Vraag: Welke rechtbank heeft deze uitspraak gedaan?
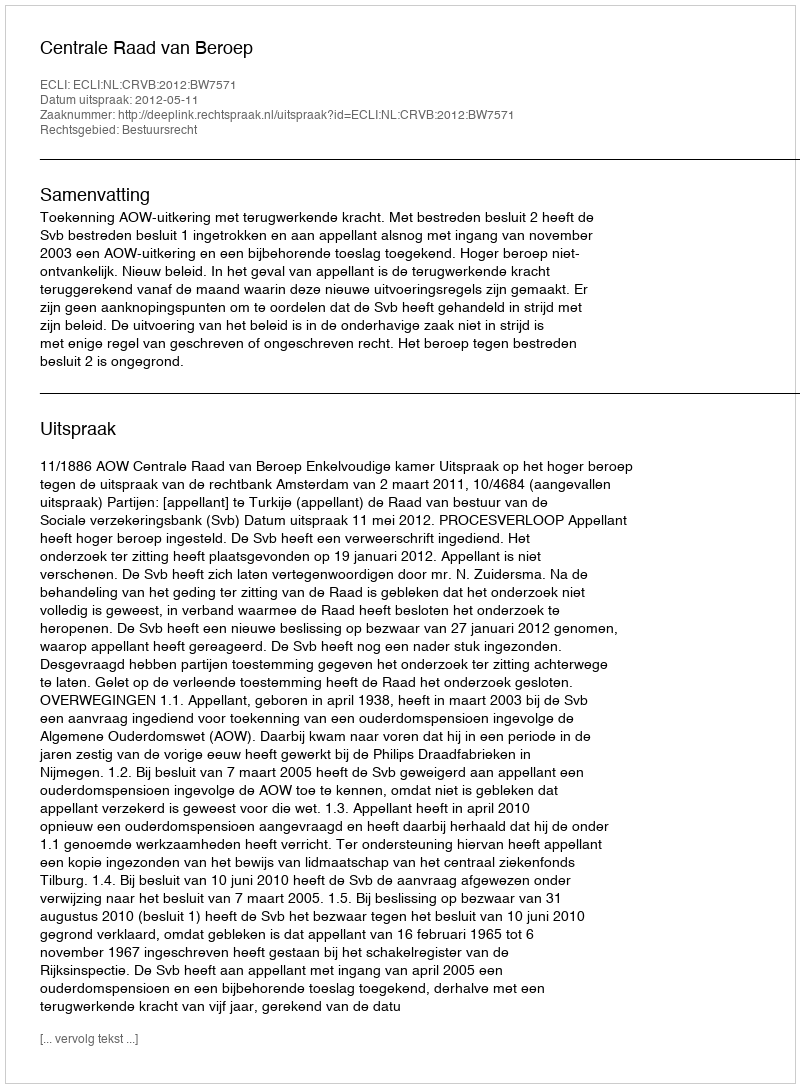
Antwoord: Centrale Raad van Beroep